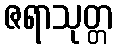
ဇရာသုတ္တ